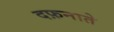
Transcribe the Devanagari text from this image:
दफ़नाते